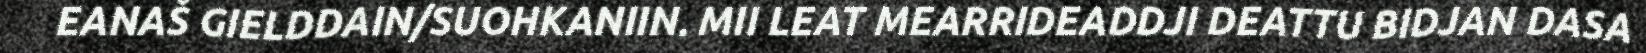
EANAŠ GIELDDAIN/SUOHKANIIN. MII LEAT MEARRIDEADDJI DEATTU BIDJAN DASA